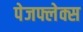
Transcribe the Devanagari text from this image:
पेजफ्लेक्स